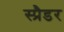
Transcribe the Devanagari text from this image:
स्प्रैडर